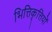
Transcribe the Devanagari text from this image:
भित्तिकृत्तियों